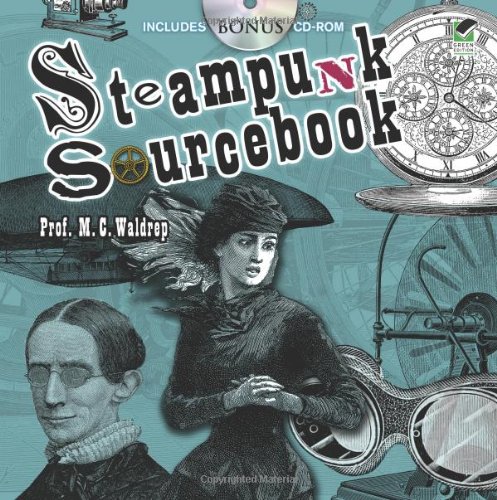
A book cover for Steampunk Sourcebook (Dover Pictorial Archive); Prof. M. C. Waldrep; Arts & Photography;